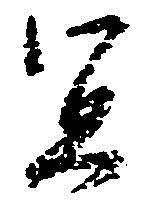
宜